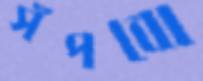
সঁপবো